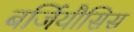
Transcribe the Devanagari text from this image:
बर्जियौसिस